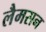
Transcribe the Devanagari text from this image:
लैमसन